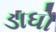
ડાધો